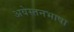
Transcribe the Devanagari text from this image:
अवेस्तनभाषा